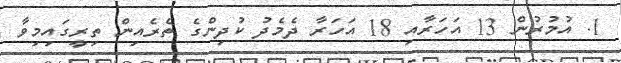
1. އުމުރުން 13 އަހަރާއި 18 އަހަރާ ދެމެދު ކުދިންގެ ތެރެއިން ތިރީގައިމިވާ